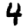
Digit: 4